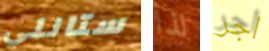
ستانلي لذا اجر